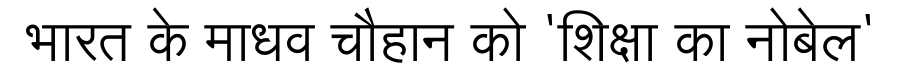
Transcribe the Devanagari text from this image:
भारत के माधव चौहान को 'शिक्षा का नोबेल'